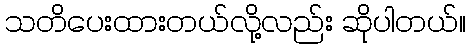
သတိပေးထားတယ်လို့လည်း ဆိုပါတယ်။